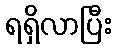
ရရှိလာပြီး